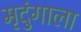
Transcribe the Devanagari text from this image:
मृदुंगाला